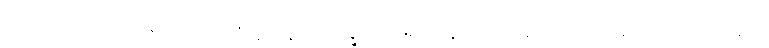
သေယျထာပိ၊ ဆိုအပ်သကဲ့သို့။ ဘိက္ခဝေ၊ ရဟန်းတို့။ အဟံ၊ ငါဘုရားသည်။ ဣမံ